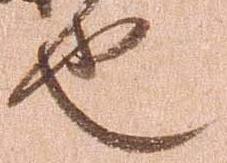
也